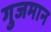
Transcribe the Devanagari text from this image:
गुजमान